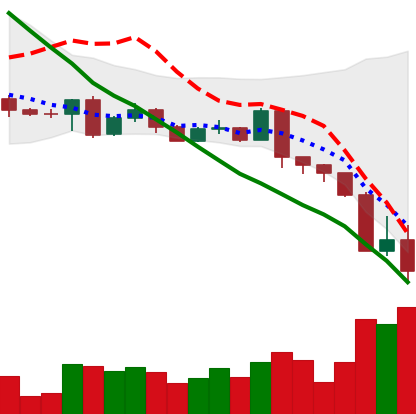
Ticker: BTC-USD
Chart end date: 2022-05-11
Forward return: 3.202%
Label: up_3_5